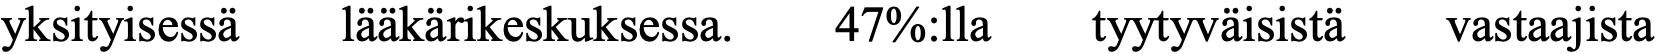
yksityisessä lääkärikeskuksessa. 47%:lla tyytyväisistä vastaajista